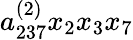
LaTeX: a_{237}^{(2)}x_{2}x_{3}x_{7}